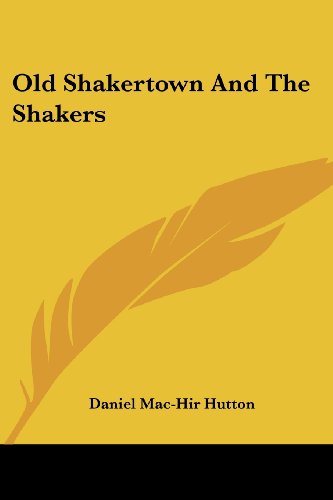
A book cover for Old Shakertown And The Shakers; Daniel Mac-Hir Hutton; Christian Books & Bibles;